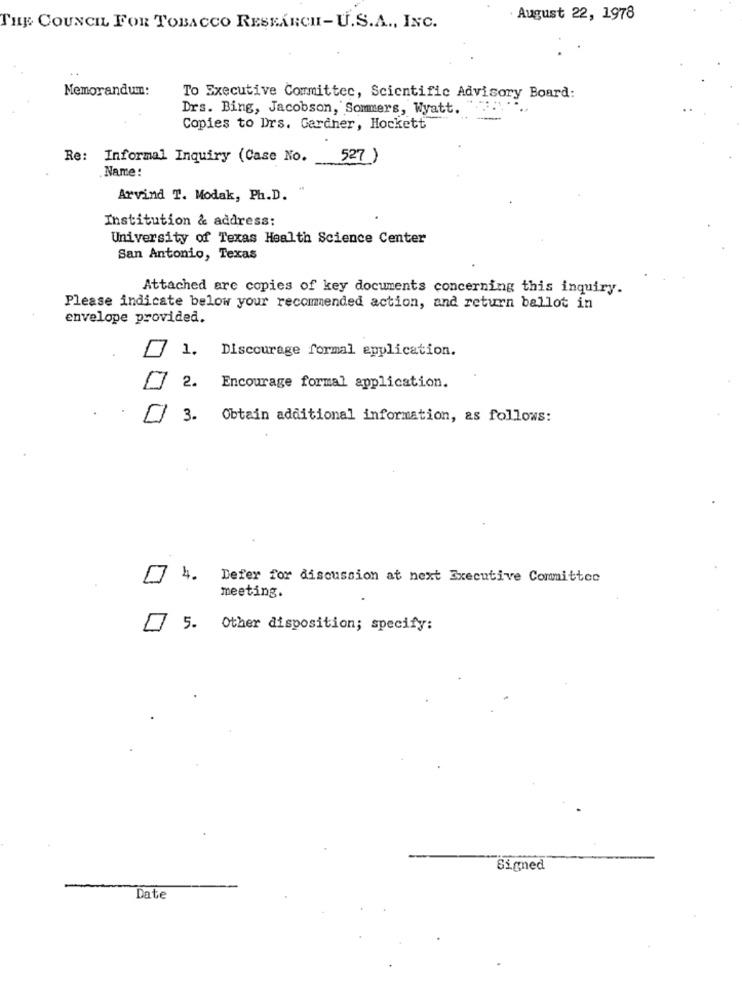
. August 22, 1978
THE COUNCIL FOR TOBACCO RESEARCH-U.S.A ., INC.
Memorandun:
To Executive Committee, Scientific Advisory Board:
Drs. Bing, Jacobson, Sommers, Wyatt.
Copies to Drs. Gardner, Hockett
Re: Informal Inquiry (Case No.
527)
.Name:
Arvind T. Modak, Ph.D.
Institution & address:
University of Texas Health Science Center
San Antonio, Texas
Attached are copies of key documents concerning this inquiry.
Please indicate below your recommended action, and return ballot in
envelope provided.
1. Discourage formal application.
2. Encourage formal application.
[] 3. Obtain additional information, as follows:
7 4.
Defer for discussion at next Executive Committee
meeting.
5. Other disposition; specify:
Signed
Date